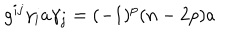
g ^ { i j } \gamma _ { i } a \gamma _ { j } = ( - 1 ) ^ { p } ( n - 2 p ) a